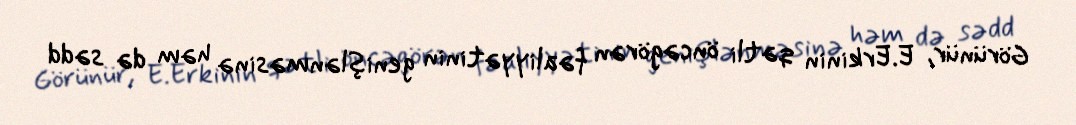
Görünür, E.Erkinin qətli öncəgörən fəaliyyətinin genişlənməsinə həm də sədd